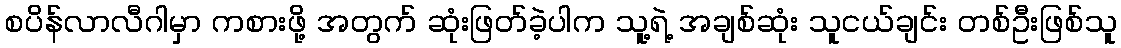
စပိန်လာလီဂါမှာ ကစားဖို့ အတွက် ဆုံးဖြတ်ခဲ့ပါက သူ့ရဲ့ အချစ်ဆုံး သူငယ်ချင်း တစ်ဦးဖြစ်သူ